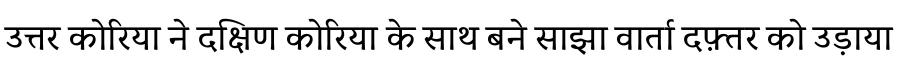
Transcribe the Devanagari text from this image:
उत्तर कोरिया ने दक्षिण कोरिया के साथ बने साझा वार्ता दफ़्तर को उड़ाया